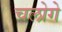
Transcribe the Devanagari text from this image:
चलोगे